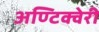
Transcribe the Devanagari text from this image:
अण्टिक्वेरी